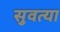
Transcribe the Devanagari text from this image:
सुवत्या